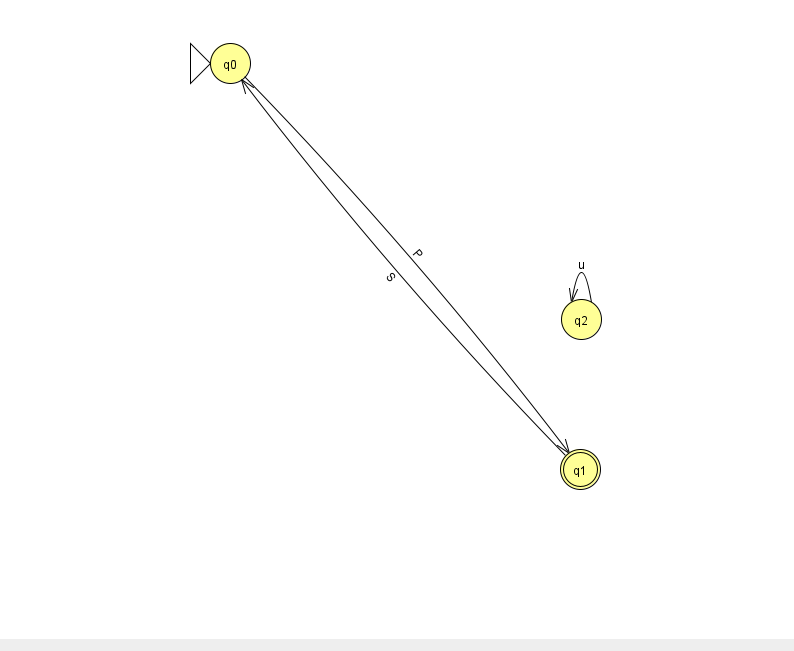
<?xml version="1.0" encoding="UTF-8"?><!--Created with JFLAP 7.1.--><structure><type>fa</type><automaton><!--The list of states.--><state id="0" name="q0"><x>230.0</x><y>50.0</y><initial/></state><state id="1" name="q1"><x>580.0</x><y>456.0</y><final/></state><state id="2" name="q2"><x>581.0</x><y>306.0</y></state><!--The list of transitions.--><transition><from>2</from><to>2</to><read>u</read></transition><transition><from>0</from><to>1</to><read>P</read></transition><transition><from>1</from><to>0</to><read>S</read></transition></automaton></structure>